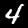
Digit: 4